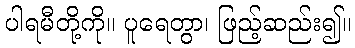
ပါရမီတို့ကို။ ပူရေတွာ၊ ဖြည့်ဆည်း၍။